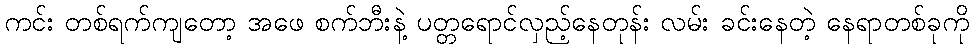
ကင်း တစ်ရက်ကျတော့ အဖေ စက်ဘီးနဲ့ ပတ္တရောင်လှည့်နေတုန်း လမ်း ခင်းနေတဲ့ နေရာတစ်ခုကို